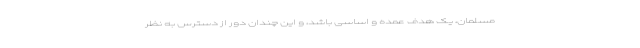
مسلمان، یک هدف عمده و اساسی باشد، و این چندان دور از دسترس به‌ نظر